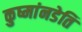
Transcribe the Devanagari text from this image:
कुष्मांनडेति